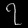
Digit: ၇